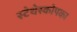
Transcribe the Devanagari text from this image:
स्टेथेस्कोपका